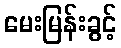
မေးမြန်းခွင့်